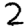
Digit: 2